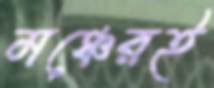
মঞ্চেরই